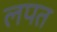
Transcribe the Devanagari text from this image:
लपत